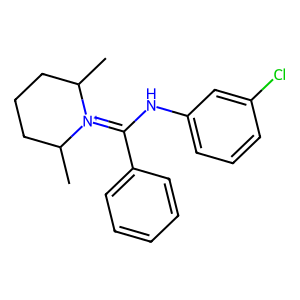
SMILES: CC1CCCC(C)[N+]1=C(Nc1cccc(Cl)c1)c1ccccc1
Inhibits HIV replication: No